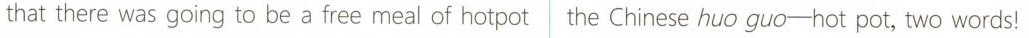
that there was going to be a free meal of hotpot the Chinese huo guo-hot pot, two words!